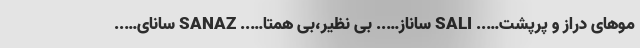
موهای دراز و پرپشت….. SALI ساناز….. بی نظیر،بی همتا….. SANAZ سانای…..